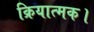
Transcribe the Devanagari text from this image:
क्रियात्मक।